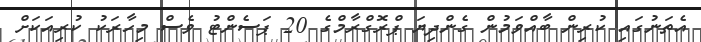
އެތަނުގައި ކުރިން ބާއްވަމުން ގެންދިޔަ ޕްރޮގްރާމްގެ 20 ޕަސެންޓު ވެސް މިހާރަކު ކުރިއަކަށް